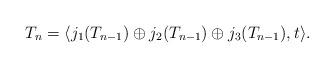
LaTeX: \begin{align*}T_n=\langle j_1(T_{n-1})\oplus j_2(T_{n-1})\oplus j_3(T_{n-1}),t \rangle.\end{align*}